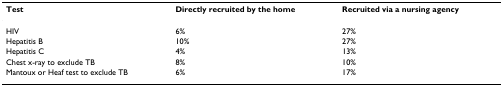
<table><thead><tr><td><b>Test</b></td><td><b>Directly recruited by the home</b></td><td><b>Recruited via a nursing agency</b></td></tr></thead><tbody><tr><td>HIV</td><td>6%</td><td>27%</td></tr><tr><td>Hepatitis B</td><td>10%</td><td>27%</td></tr><tr><td>Hepatitis C</td><td>4%</td><td>13%</td></tr><tr><td>Chest x-ray to exclude TB</td><td>8%</td><td>10%</td></tr><tr><td>Mantoux or Heaf test to exclude TB</td><td>6%</td><td>17%</td></tr></tbody></table>